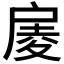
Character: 𢩑